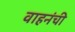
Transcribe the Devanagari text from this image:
वाहनंची